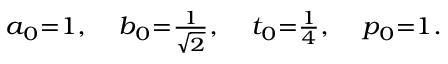
\scriptstyle a _ { 0 } = 1 , \quad b _ { 0 } = { \frac { 1 } { \sqrt { 2 } } } , \quad t _ { 0 } = { \frac { 1 } { 4 } } , \quad p _ { 0 } = 1 .